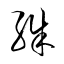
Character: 殊